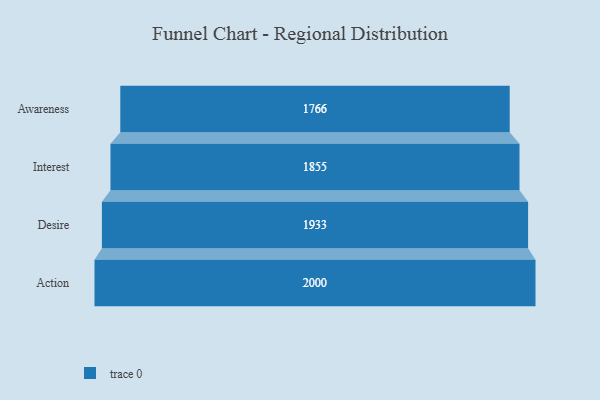
{"axis": {"x": "Stage", "y": "Value"}, "legend": [""], "data": [{"x": "Awareness", "y": 1766.0, "type": ""}, {"x": "Interest", "y": 1855.0, "type": ""}, {"x": "Desire", "y": 1933.0, "type": ""}, {"x": "Action", "y": 2000, "type": ""}]}